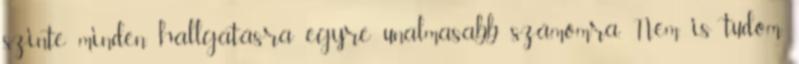
szinte minden hallgatásra egyre unalmasabb számomra. Nem is tudom,